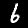
Label: 6